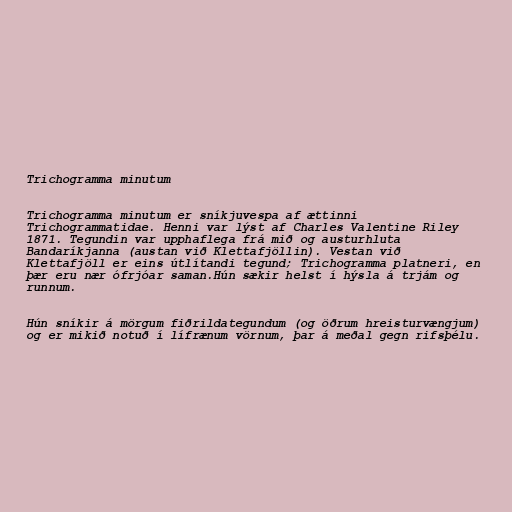
Trichogramma minutum

Trichogramma minutum er sníkjuvespa af ættinni
Trichogrammatidae. Henni var lýst af Charles Valentine Riley
1871. Tegundin var upphaflega frá mið og austurhluta
Bandaríkjanna (austan við Klettafjöllin). Vestan við
Klettafjöll er eins útlítandi tegund; Trichogramma platneri, en
þær eru nær ófrjóar saman.Hún sækir helst í hýsla á trjám og
runnum.

Hún sníkir á mörgum fiðrildategundum (og öðrum hreisturvængjum)
og er mikið notuð í lífrænum vörnum, þar á meðal gegn rifsþélu.